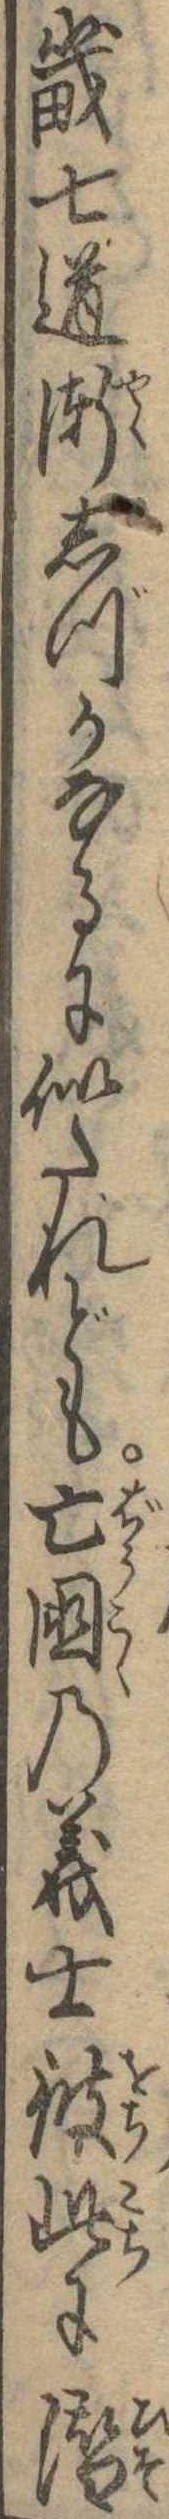
畿七道漸しづかなるに似たれども亡国の義士彼此に潜